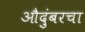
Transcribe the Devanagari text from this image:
औदुंबरचा